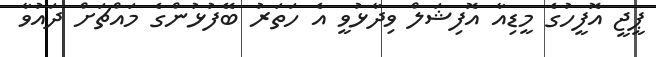
ޕީޖީ އޮފީހުގެ މީޑިއާ އޮފިޝަލް ވިދާޅުވީ އެ ހަތަރު ބޭފުޅުންގެ މައްޗަށް ދައުވާ